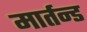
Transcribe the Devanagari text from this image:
मार्तन्ड